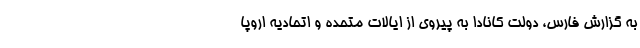
به گزارش فارس، دولت کانادا به پیروی از ایالات متحده و اتحادیه اروپا